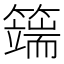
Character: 𥵣